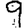
Digit: 9